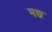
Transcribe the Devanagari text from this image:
मच्च